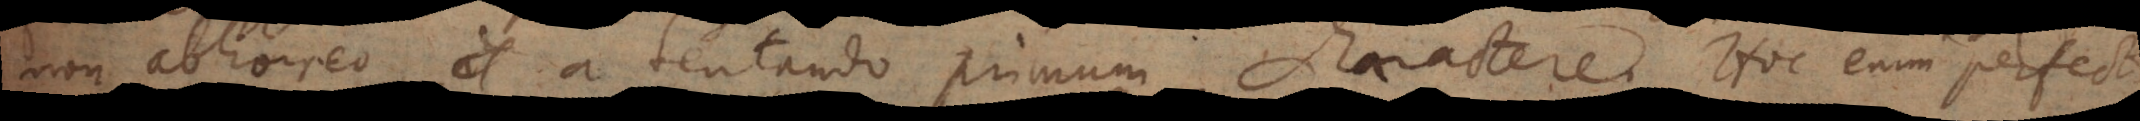
non abhorreo a tentando primum charactere. Hoc enim perfect